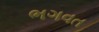
ભગવત